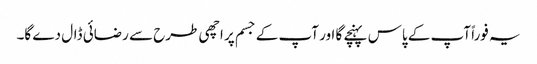
یہ فوراً آپ کے پاس پہنچے گا اور آپ کے جسم پر اچھی طرح سے رضائی ڈال دے گا۔